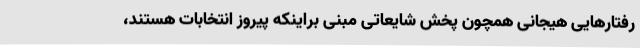
رفتارهایی هیجانی همچون پخش شایعاتی مبنی براینکه پیروز انتخابات هستند،